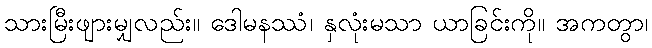
သားမြီးဖျားမျှလည်း။ ဒေါမနဿံ၊ နှလုံးမသာ ယာခြင်းကို။ အကတွာ၊